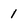
Character: 1